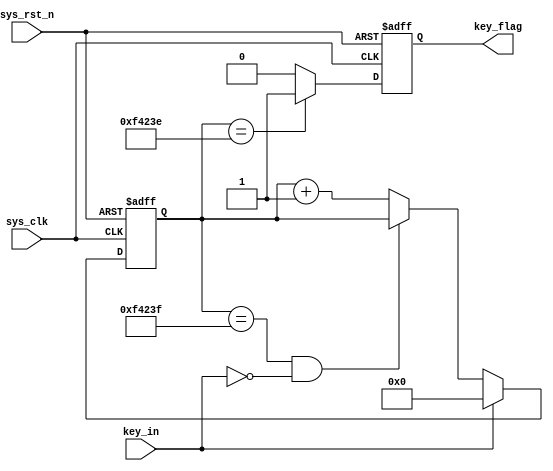
`timescale  1ns/1ns
module  key_filter
#(
    parameter CNT_MAX = 20'd999_999 //
)
(
    input   wire    sys_clk     ,   //50Mhz
    input   wire    sys_rst_n   ,   //
    input   wire    key_in      ,   //

    output  reg     key_flag        //key_flag1
                                    //key_flag0
);

//********************************************************************//
//****************** Parameter and Internal Signal *******************//
//********************************************************************//
//reg   define
reg     [19:0]  cnt_20ms    ;   //

//********************************************************************//
//***************************** Main Code ****************************//
//********************************************************************//

//cnt_20ms:
always@(posedge sys_clk or negedge sys_rst_n)
    if(sys_rst_n == 1'b0)
        cnt_20ms <= 20'b0;
    else    if(key_in == 1'b1)
        cnt_20ms <= 20'b0;
    else    if(cnt_20ms == CNT_MAX && key_in == 1'b0)
        cnt_20ms <= cnt_20ms;
    else
        cnt_20ms <= cnt_20ms + 1'b1;

//key_flag:20ms
//key_flag999_999,
always@(posedge sys_clk or negedge sys_rst_n)
    if(sys_rst_n == 1'b0)
        key_flag <= 1'b0;
    else    if(cnt_20ms == CNT_MAX - 1'b1)
        key_flag <= 1'b1;
    else
        key_flag <= 1'b0;

endmodule